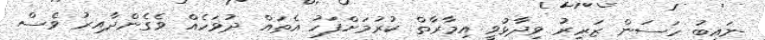
ނައިބު ހަސަން ޒަރީރު ވިދާޅުވީ އިމާރާތް ކުރުމަށްފަހު އެތައް ދުވަހެއް ވެގެންދާއިރު ވެސް